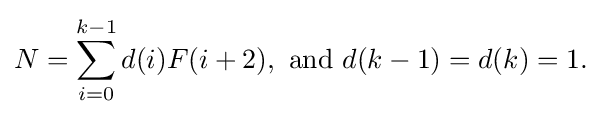
N=\sum _{i=0}^{k-1}d(i)F(i+2),{\text{ and }}d(k-1)=d(k)=1.\!